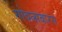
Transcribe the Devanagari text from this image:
गोवत्सबारस